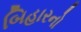
બિહારનો